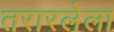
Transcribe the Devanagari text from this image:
तरारलेला